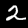
Label: 2